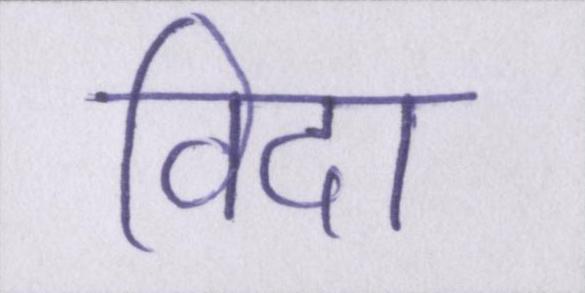
विदा